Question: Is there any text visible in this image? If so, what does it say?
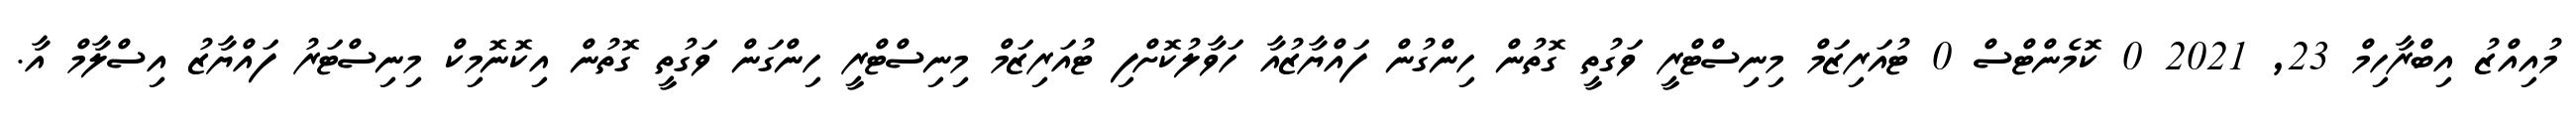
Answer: މުއިއްޒު އިބްރާހިމް 23, 2021 0 ކޮމެންޓްސް 0 ޓުއަރިޒަމް މިނިސްޓްރީ ވަގުތީ ގޮތުން ހިންގުން ފައްޔާޒުއާ ހަވާލުކޮށްފި ޓުއަރިޒަމް މިނިސްޓްރީ ހިންގަން ވަގުތީ ގޮތުން އިކޮނޮމިކް މިނިސްޓަރު ފައްޔާޒު އިސްލާމް އާ.